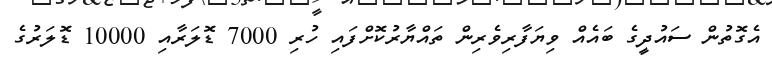
އެގޮތުން ސައުދީގެ ބައެއް ވިޔަފާރިވެރިން ތައްޔާރުކޮށްފައި ހުރި 7000 ޑޮލަރާއި 10000 ޑޮލަރުގެ